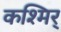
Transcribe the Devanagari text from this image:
कश्मिर्